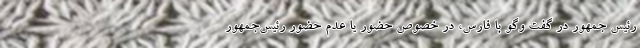
رئیس جمهور در گفت وگو با فارس، در خصوص حضور یا عدم حضور رئیس‌جمهور